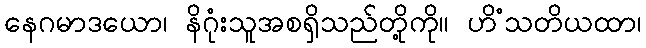
နေဂမာဒယော၊ နိဂုံးသူအစရှိသည်တို့ကို။ ဟိံသတိယထာ၊